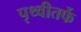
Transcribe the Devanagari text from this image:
पृथ्वीतर्फे